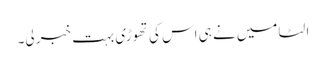
الٹا میں نے ہی اس کی تھوڑی بہت خبر لی۔